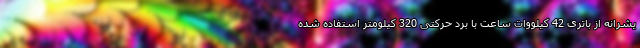
یشرانه از باتری 42 کیلووات ساعت با برد حرکتی 320 کیلومتر استفاده شده